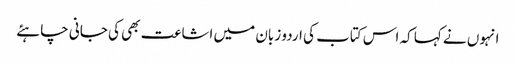
انہوں نے کہا کہ اس کتاب کی اردو زبان میں اشاعت بھی کی جانی چاہئے